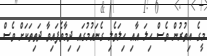
މީގެ އިތުރުން ވެސް ހިލަ އާއި ހިލަވެލި ގެނައުމުގައި ދިމާވެފައިވާ ދަތިތަކަށް ވެސް